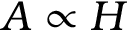
A \propto H